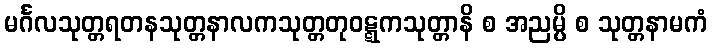
မင်္ဂလသုတ္တရတနသုတ္တနာလကသုတ္တတုဝဋ္ဋကသုတ္တာနိ စ အညမ္ပိ စ သုတ္တနာမကံ